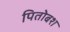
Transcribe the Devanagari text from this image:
पितोबश